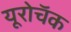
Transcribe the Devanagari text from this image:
यूरोचॅक